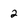
Character: 2